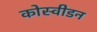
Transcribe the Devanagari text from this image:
कोस्वीडन